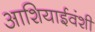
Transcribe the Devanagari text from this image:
आशियाईवंशी